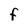
Character: F